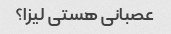
عصبانی هستی لیزا؟